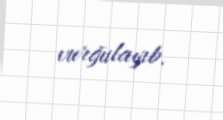
vurğulayıb.